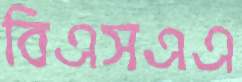
বিএসএএ